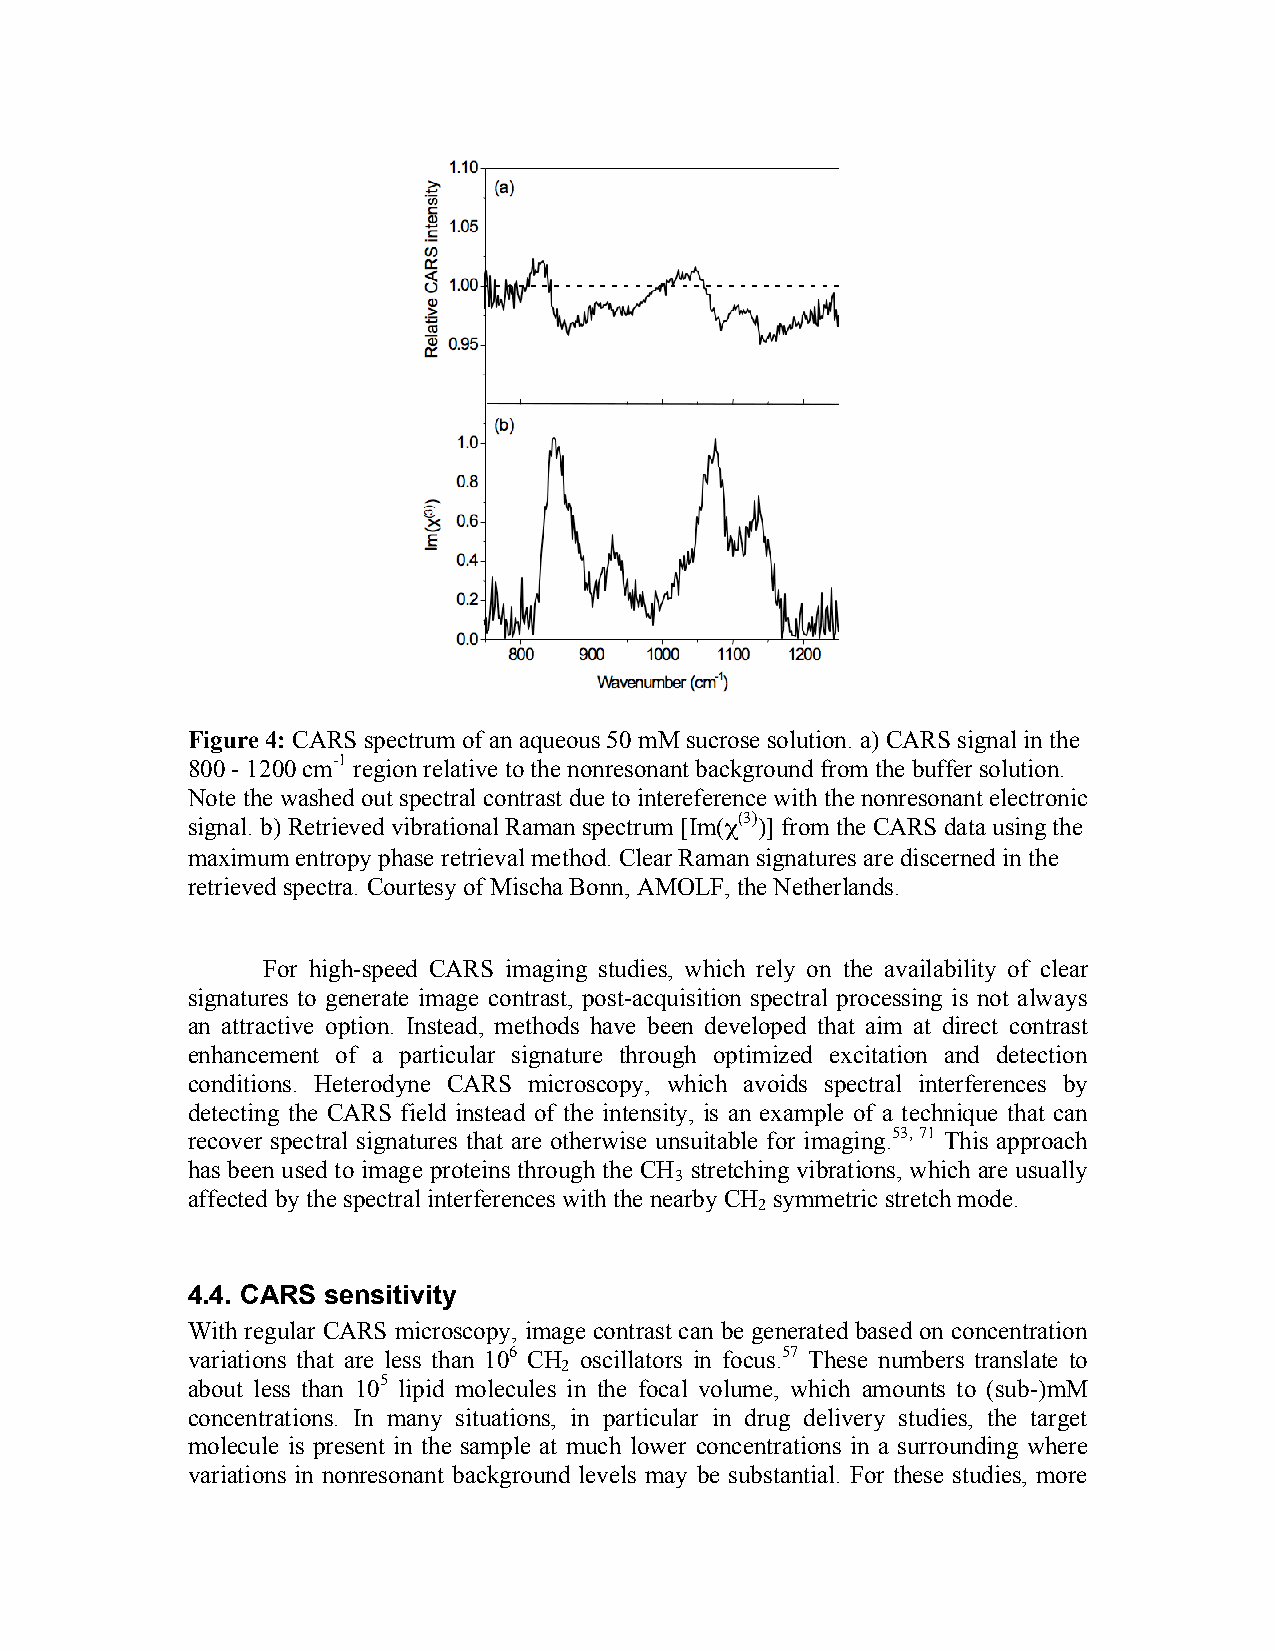
Figure 4: CARS spectrum of an aqueous 50 mM sucrose solution. a) CARS signal in the
 800 - 1200 cm-1 region relative to the nonresonant background from the buffer solution.
 Note the washed out spectral contrast due to intereference with the nonresonant electronic
 signal. b) Retrieved vibrational Raman spectrum [Im(χ(3))] from the CARS data using the
 maximum entropy phase retrieval method. Clear Raman signatures are discerned in the
 retrieved spectra. Courtesy of Mischa Bonn, AMOLF, the Netherlands.
 For high-speed CARS imaging studies, which rely on the availability of clear
 signatures to generate image contrast, post-acquisition spectral processing is not always
 an attractive option. Instead, methods have been developed that aim at direct contrast
 enhancement of a particular signature through optimized excitation and detection
 conditions. Heterodyne CARS microscopy, which avoids spectral interferences by
 detecting the CARS field instead of the intensity, is an example of a technique that can
 recover spectral signatures that are otherwise unsuitable for imaging.53, 71 This approach
 has been used to image proteins through the CH stretching vibrations, which are usually
 3
 affected by the spectral interferences with the nearby CH symmetric stretch mode.
 2
 4.4. CARS sensitivity
 With regular CARS microscopy, image contrast can be generated based on concentration
 variations that are less than 106 CH oscillators in focus.57 These numbers translate to
 2
 about less than 105 lipid molecules in the focal volume, which amounts to (sub-)mM
 concentrations. In many situations, in particular in drug delivery studies, the target
 molecule is present in the sample at much lower concentrations in a surrounding where
 variations in nonresonant background levels may be substantial. For these studies, more